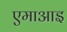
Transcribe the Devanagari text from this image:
एमाआइ